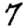
Digit: 7